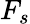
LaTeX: F_{s}